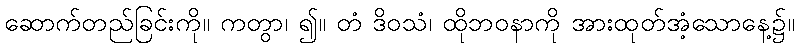
ဆောက်တည်ခြင်းကို။ ကတွာ၊ ၍။ တံ ဒိဝသံ၊ ထိုဘဝနာကို အားထုတ်အံ့သောနေ့၌။